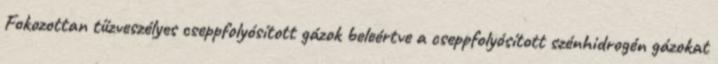
Fokozottan tűzveszélyes cseppfolyósított gázok beleértve a cseppfolyósított szénhidrogén gázokat